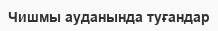
Чишмы ауданында туғандар